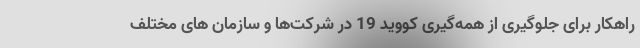
راهکار برای جلوگیری از همه‌گیری کووید 19 در شرکت‌ها و سازمان های مختلف